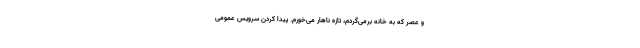
و عصر که به خانه برمی‌گردم، تازه ناهار می‌خورم. پیدا کردن سرویس عمومی